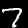
Digit: 7